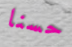
حسنا